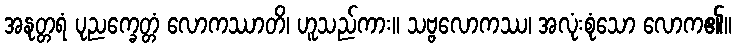
အနုတ္တရံ ပုညက္ခေတ္တံ လောကဿာတိ၊ ဟူသည်ကား။ သဗ္ဗလောကဿ၊ အလုံးစုံသော လောက၏။